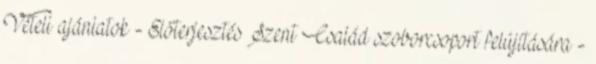
Vételi ajánlatok - Előterjesztés Szent Család szoborcsoport felújítására -